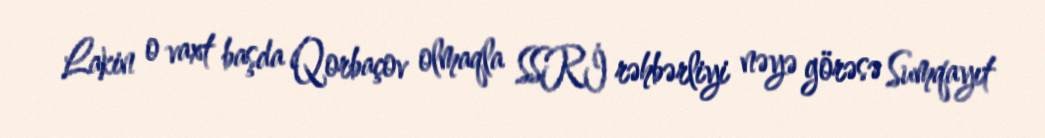
Lakin o vaxt başda Qorbaçov olmaqla SSRİ rəhbərliyi nəyə görəsə Sumqayıt